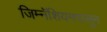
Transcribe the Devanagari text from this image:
जिम्नॅशियमपासून